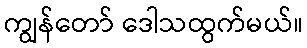
ကျွန်တော် ဒေါသထွက်မယ်။